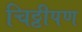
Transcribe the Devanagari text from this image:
चिठ्ठीपण